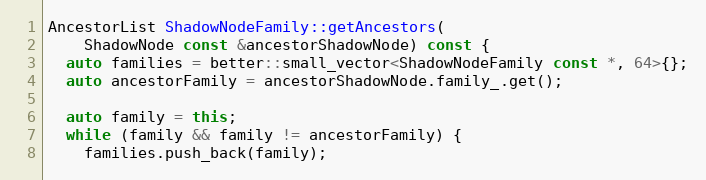
Language: C++
AncestorList ShadowNodeFamily::getAncestors(
    ShadowNode const &ancestorShadowNode) const {
  auto families = better::small_vector<ShadowNodeFamily const *, 64>{};
  auto ancestorFamily = ancestorShadowNode.family_.get();

  auto family = this;
  while (family && family != ancestorFamily) {
    families.push_back(family);